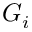
G _ { i }